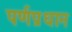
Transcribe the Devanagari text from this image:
पर्णप्रधान